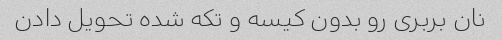
نان بربری رو بدون کیسه و تکه شده تحویل دادن